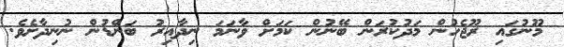
މޫނުގައި ރޫޖެހުން މަދުކުރަން ބޭނުން ކަމަށް ވާނަމަ ނިދާއިރު ބަންޑުން ނުނިދާށެވެ.